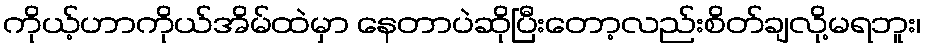
ကိုယ့်ဟာကိုယ်အိမ်ထဲမှာ နေတာပဲဆိုပြီးတော့လည်းစိတ်ချလို့မရဘူး၊